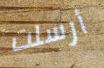
أرسلت